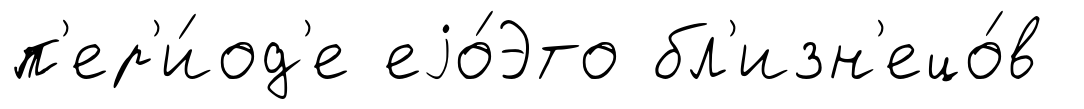
п'ер'и́од'е еjо́Это бл'изн'ецо́в